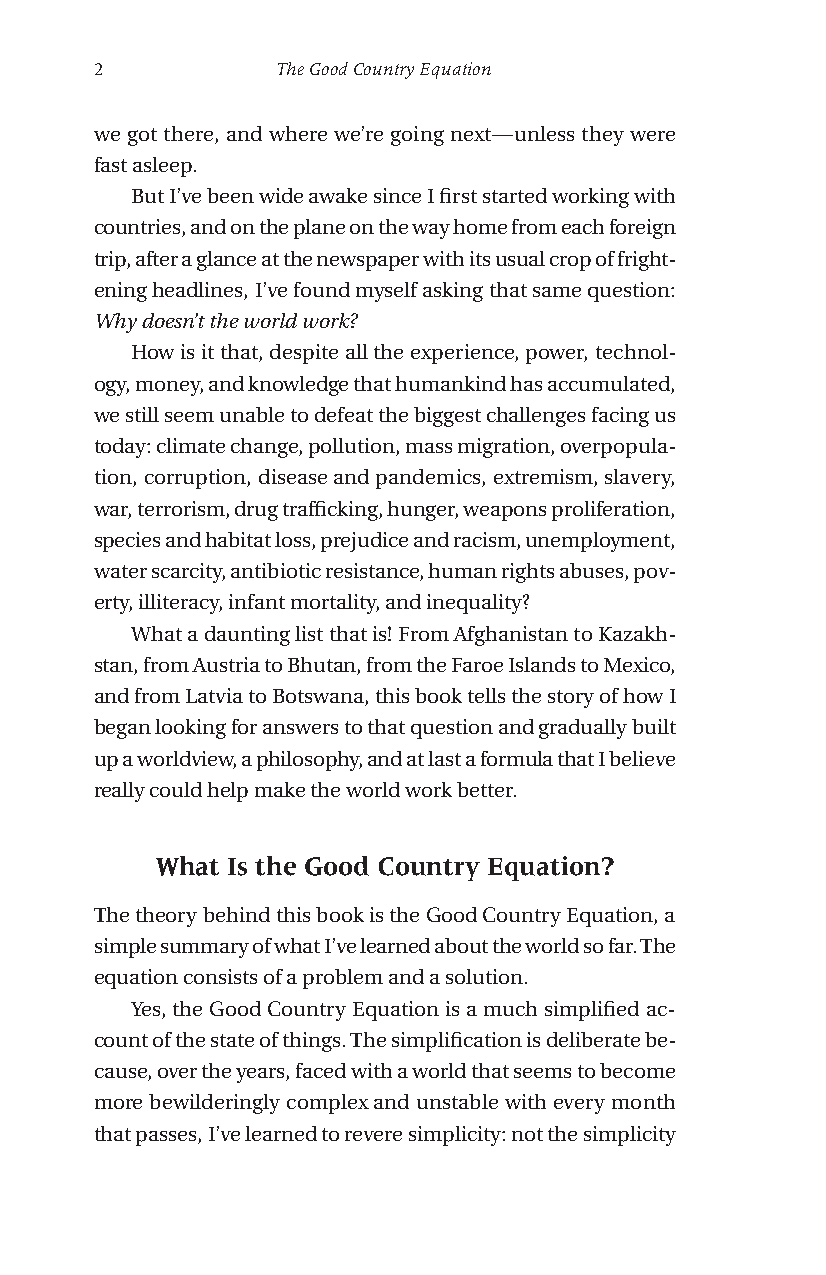
2           The Good Country Equation
 we got there, and where we’re going next—unless they were
 fast asleep.
 But I’ve been wide awake since I first started working with
 countries, and on the plane on the way home from each foreign
 trip, after a glance at the newspaper with its usual crop of fright-
 ening headlines, I’ve found myself asking that same question:
 Why doesn’t the world work?
 How is it that, despite all the experience, power, technol-
 ogy, money, and knowledge that humankind has accumulated,
 we still seem unable to defeat the biggest challenges facing us
 today: climate change, pollution, mass migration, overpopula-
 tion, corruption, disease and pandemics, extremism, slavery,
 war, terrorism, drug trafficking, hunger, weapons proliferation,
 species and habitat loss, prejudice and racism, unemployment,
 water scarcity, antibiotic resistance, human rights abuses, pov-
 erty, illiteracy, infant mortality, and inequality?
 What a daunting list that is! From Afghanistan to Kazakh-
 stan, from Austria to Bhutan, from the Faroe Islands to Mexico,
 and from Latvia to Botswana, this book tells the story of how I
 began looking for answers to that question and gradually built
 up a worldview, a philosophy, and at last a formula that I believe
 really could help make the world work better.
 What Is the Good Country Equation?
 The theory behind this book is the Good Country Equation, a
 simple summary of what I’ve learned about the world so far. The
 equation consists of a problem and a solution.
 Yes, the Good Country Equation is a much simplified ac-
 count of the state of things. The simplification is deliberate be-
 cause, over the years, faced with a world that seems to become
 more bewilderingly complex and unstable with every month
 that passes, I’ve learned to revere simplicity: not the simplicity